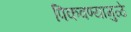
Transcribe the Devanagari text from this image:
पिकवण्यामुळे